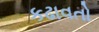
કઢાવતો